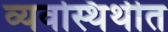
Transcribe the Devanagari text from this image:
व्यवस्थिथीत